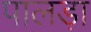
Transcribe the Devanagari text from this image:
पालड़ा